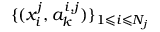
\{ ( x _ { i } ^ { j } , a _ { k } ^ { i , j } ) \} _ { 1 \leqslant i \leqslant N _ { j } }